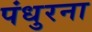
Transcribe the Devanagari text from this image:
पंधुरना